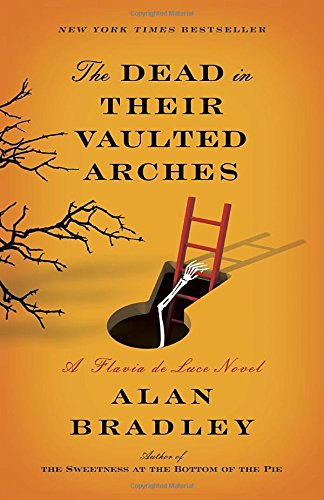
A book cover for The Dead in Their Vaulted Arches: A Flavia de Luce Novel; Alan Bradley; Mystery, Thriller & Suspense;